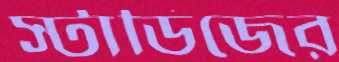
স্টাডিজের